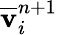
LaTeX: \overline{{\mathbf v}}_{i}^{n+1}